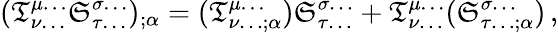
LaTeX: ({\mathfrak{T}}_{\nu\dots}^{\mu\dots}{\mathfrak{S}}_{\tau\dots}^{\sigma\dots})_{;\alpha}=({\mathfrak{T}}_{\nu\dots;\alpha}^{\mu\dots}){\mathfrak{S}}_{\tau\dots}^{\sigma\dots}+{\mathfrak{T}}_{\nu\dots}^{\mu\dots}({\mathfrak{S}}_{\tau\dots;\alpha}^{\sigma\dots})\, ,